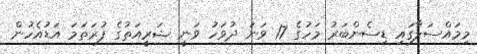
މިމައްސަލާގައި ޑިސެންބަރު މަހުގެ 17 ވަނަ ދުވަހު ވަނީ ޝަރީއަތުގެ ފުރަތަމަ އަޑުއެހުން